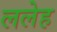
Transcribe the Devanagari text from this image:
ललेह